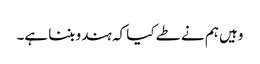
وہیں ہم نے طے کیا کہ ہندو بننا ہے۔